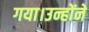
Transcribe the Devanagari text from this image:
गया।उन्होंने